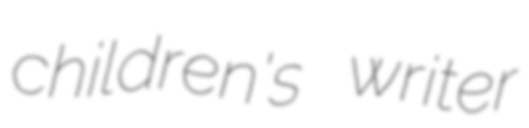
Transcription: children's writer